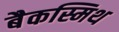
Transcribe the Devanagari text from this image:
बैकस्मिथ